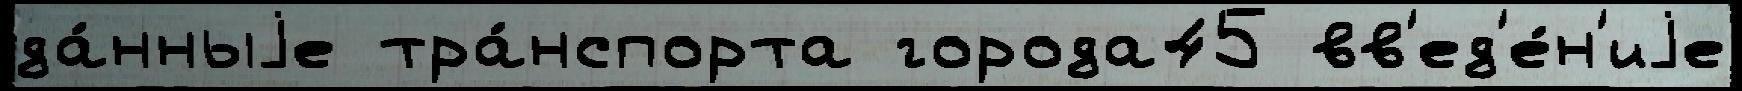
да́нныjе тра́нспорта города45 вв'ед'е́н'иjе